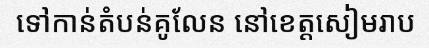
ទៅកាន់តំបន់គូលែន នៅខេត្តសៀមរាប